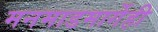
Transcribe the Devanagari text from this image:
मनमाडमार्गेही